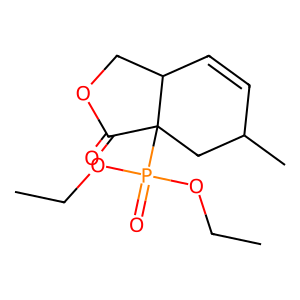
SMILES: CCOP(=O)(OCC)C12CC(C)C=CC1COC2=O
Inhibits HIV replication: No